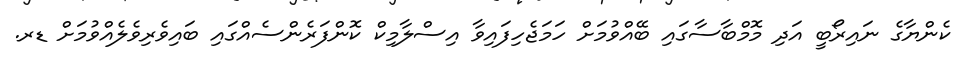
ކެންޔާގެ ނައިރޯބީ އަދި މޮމްބާސާގައި ބޭއްވުމަށް ހަމަޖެހިފައިވާ އިސްލާމިކް ކޮންފަރެންސެއްގައި ބައިވެރިވެލެއްވުމަށް ޑރ.